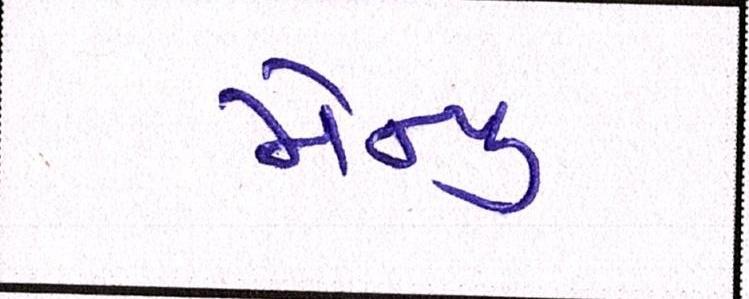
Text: મેન્યુ